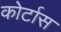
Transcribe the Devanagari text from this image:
कोर्टास